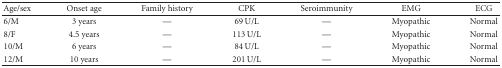
| Age/sex | Onset age | Family history | CPK | Seroimmunity | EMG | ECG |
 | --- | --- | --- | --- | --- | --- | --- |
 | 6/M | 3 years | — | 69 U/L | — | Myopathic | Normal |
 | 8/F | 4.5 years | — | 113 U/L | — | Myopathic | Normal |
 | 10/M | 6 years | — | 84 U/L | — | Myopathic | Normal |
 | 12/M | 10 years | — | 201 U/L | — | Myopathic | Normal |